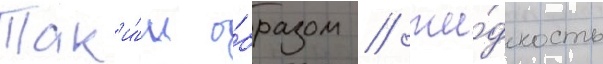
Так'и́м о́бразом / жи́дкость